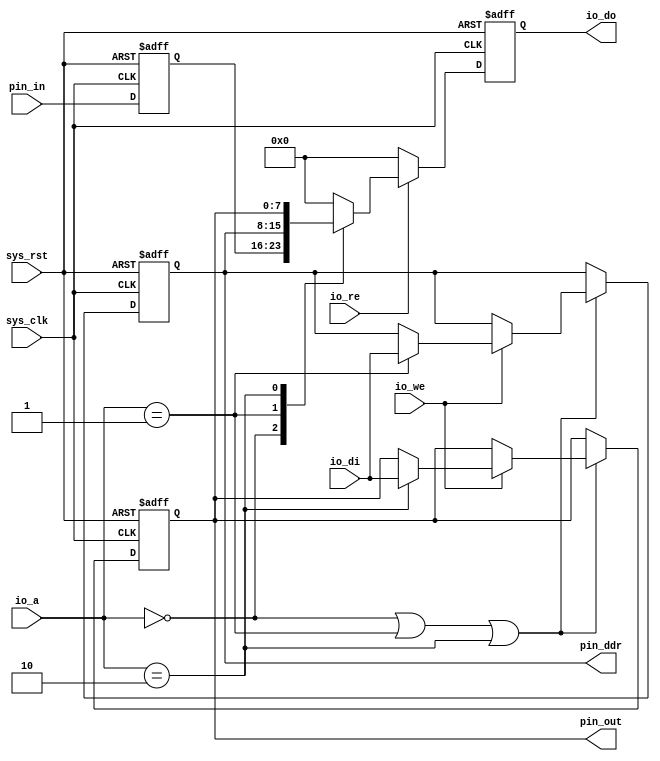
/*
 * rAVR GPIO
 * Copyright (C) 2011 WangMengyin
 *
 * This program is free software: you can redistribute it and/or modify
 * it under the terms of the GNU General Public License as published by
 * the Free Software Foundation, version 3 of the License.
 *
 * This program is distributed in the hope that it will be useful,
 * but WITHOUT ANY WARRANTY; without even the implied warranty of
 * MERCHANTABILITY or FITNESS FOR A PARTICULAR PURPOSE.  See the
 * GNU General Public License for more details.
 *
 * You should have received a copy of the GNU General Public License
 * along with this program.  If not, see <http://www.gnu.org/licenses/>.
 */
 /* Change History:
 * 2011-11-16 Create Version 1.0.0
 * 2011-12-25 Revision 1.0.1
 */
 
module gpio #(
	parameter pin_addr = 6'h00,		// PINx reg
	parameter ddr_addr = 6'h01,		// DDRx reg
	parameter port_addr = 6'h02 	// PORTx reg
)
(
	//
    input wire sys_clk,
    input wire sys_rst,
    //
    input wire [5:0] io_a,
    input wire [7:0] io_di,
    output reg [7:0] io_do,
    input wire io_re,
    input wire io_we,
    //
    input wire [7:0] pin_in,
    output reg [7:0] pin_out,
	output reg [7:0] pin_ddr
);

reg [7:0] pin_reg, pin_latch;

// synchronize input signal modified 2012-01-14
// avoid metastable state
always @(posedge sys_clk, posedge sys_rst)
begin
    if(sys_rst)
        pin_latch <= 1'b0;
	else if(sys_clk)
		pin_latch <= pin_in;
end

wire csr_selected = (io_a == pin_addr) | (io_a == ddr_addr) | (io_a == port_addr);

always @(posedge sys_clk, posedge sys_rst)
begin
    if(sys_rst) begin
        pin_reg     <= 8'h00;
        pin_out    	<= 8'h00;
        pin_ddr    	<= 8'h00;
		io_do		<= 8'h00;
    end else begin
        pin_reg = pin_latch;
		if(csr_selected)
			if(io_we) // IO Write
				case(io_a)
					ddr_addr 	: pin_ddr  <= io_di; // DDRx
					port_addr  	: pin_out  <= io_di; // PORTx
					default     : ;
				endcase
			if(io_re) // IO Read
				case(io_a)
					pin_addr	: io_do	   <= pin_reg; // PINx
					ddr_addr	: io_do    <= pin_ddr; // DDRx
					port_addr	: io_do    <= pin_out; // PORTx
					default		: io_do    <= 8'h00;
				endcase
			else
				io_do <= 8'h00;
    end
end

endmodule